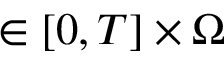
\in [ 0 , T ] \times \Omega